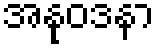
အနုဝဒနာ